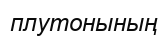
плутонының